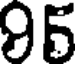
95